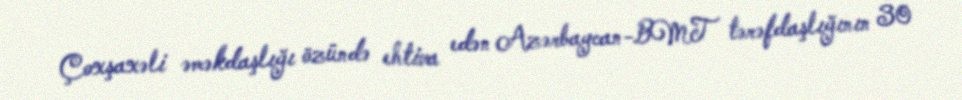
Çoxşaxəli əməkdaşlığı özündə ehtiva edən Azərbaycan-BMT tərəfdaşlığının 30